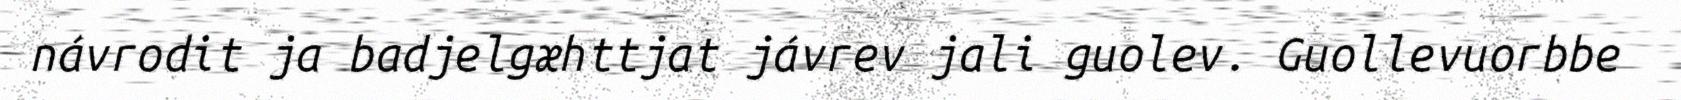
návrodit ja badjelgæhttjat jávrev jali guolev. Guollevuorbbe